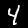
Label: 4